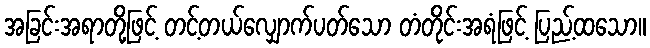
အခြင်းအရာတို့ဖြင့် တင့်တယ်လျှောက်ပတ်သော တံတိုင်းအရံဖြင့် ပြည့်ထသော။